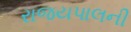
રાજયપાલની